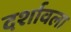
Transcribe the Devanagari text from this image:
दर्शावला